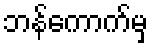
ဘန်ကောက်မှ